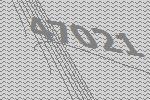
47021